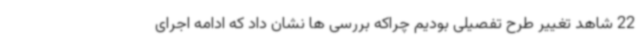
22 شاهد تغییر طرح تفصیلی بودیم چراکه بررسی ها نشان داد که ادامه اجرای